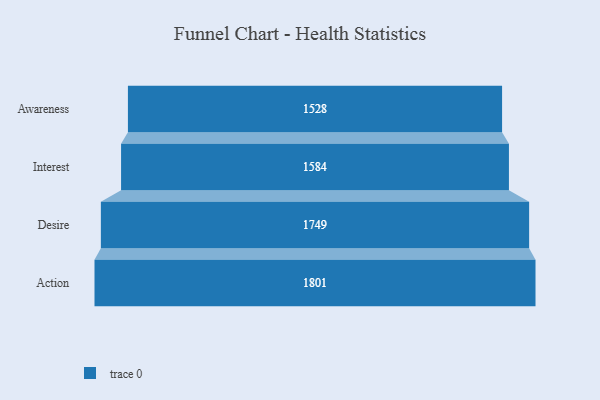
{"axis": {"x": "Stage", "y": "Value"}, "legend": [""], "data": [{"x": "Awareness", "y": 1528.0, "type": ""}, {"x": "Interest", "y": 1584.0, "type": ""}, {"x": "Desire", "y": 1749.0, "type": ""}, {"x": "Action", "y": 1801.0, "type": ""}]}